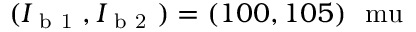
( I _ { \mathrm { ~ b ~ 1 ~ } } , I _ { \mathrm { ~ b ~ 2 ~ } } ) = ( 1 0 0 , 1 0 5 ) \ \mathrm { \ m u }